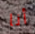
أنا